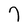
Character: 7